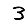
Digit: 3